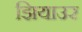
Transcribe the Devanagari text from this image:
झियाउर